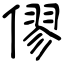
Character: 僇